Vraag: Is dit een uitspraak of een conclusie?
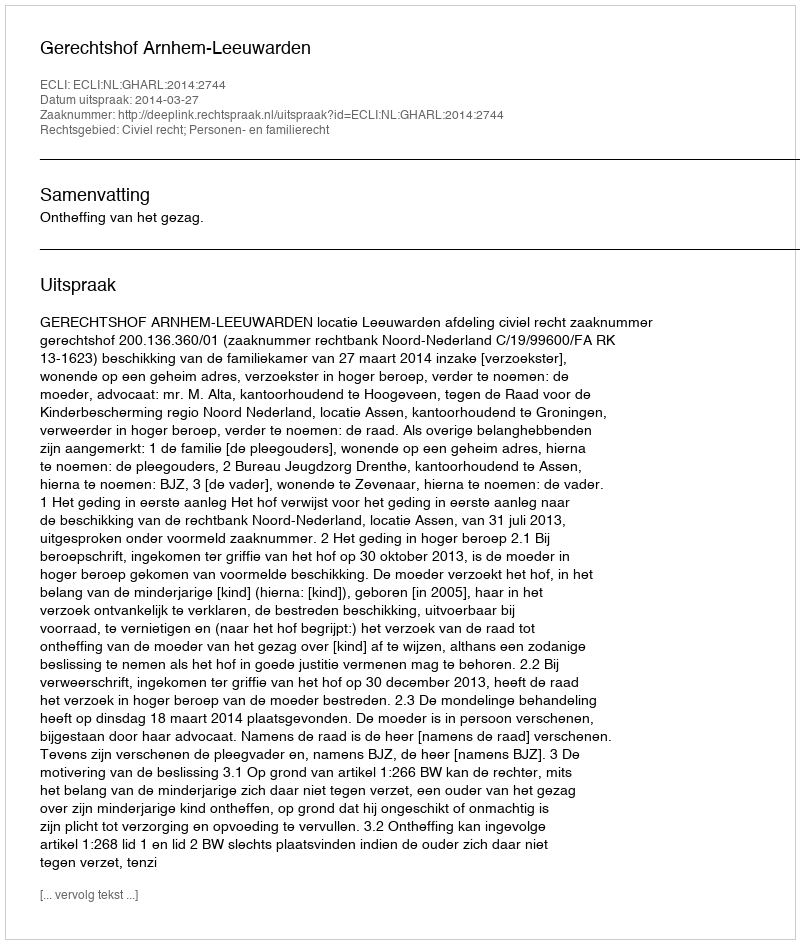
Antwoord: Uitspraak